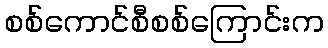
စစ်ကောင်စီစစ်ကြောင်းက